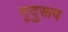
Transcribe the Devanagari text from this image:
मृदुरूप